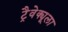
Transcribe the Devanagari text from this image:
ट्रैवेक्यूला